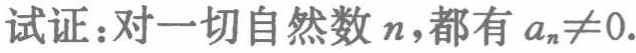
试证：对一切自然数 \(n\)，都有 \(a_{n}\neq0\).